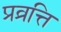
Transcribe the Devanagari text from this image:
प्रव्रत्ति